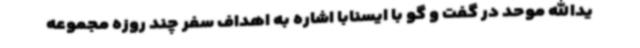
یدالله موحد در گفت و گو با ایسنابا اشاره به اهداف سفر چند روزه مجموعه